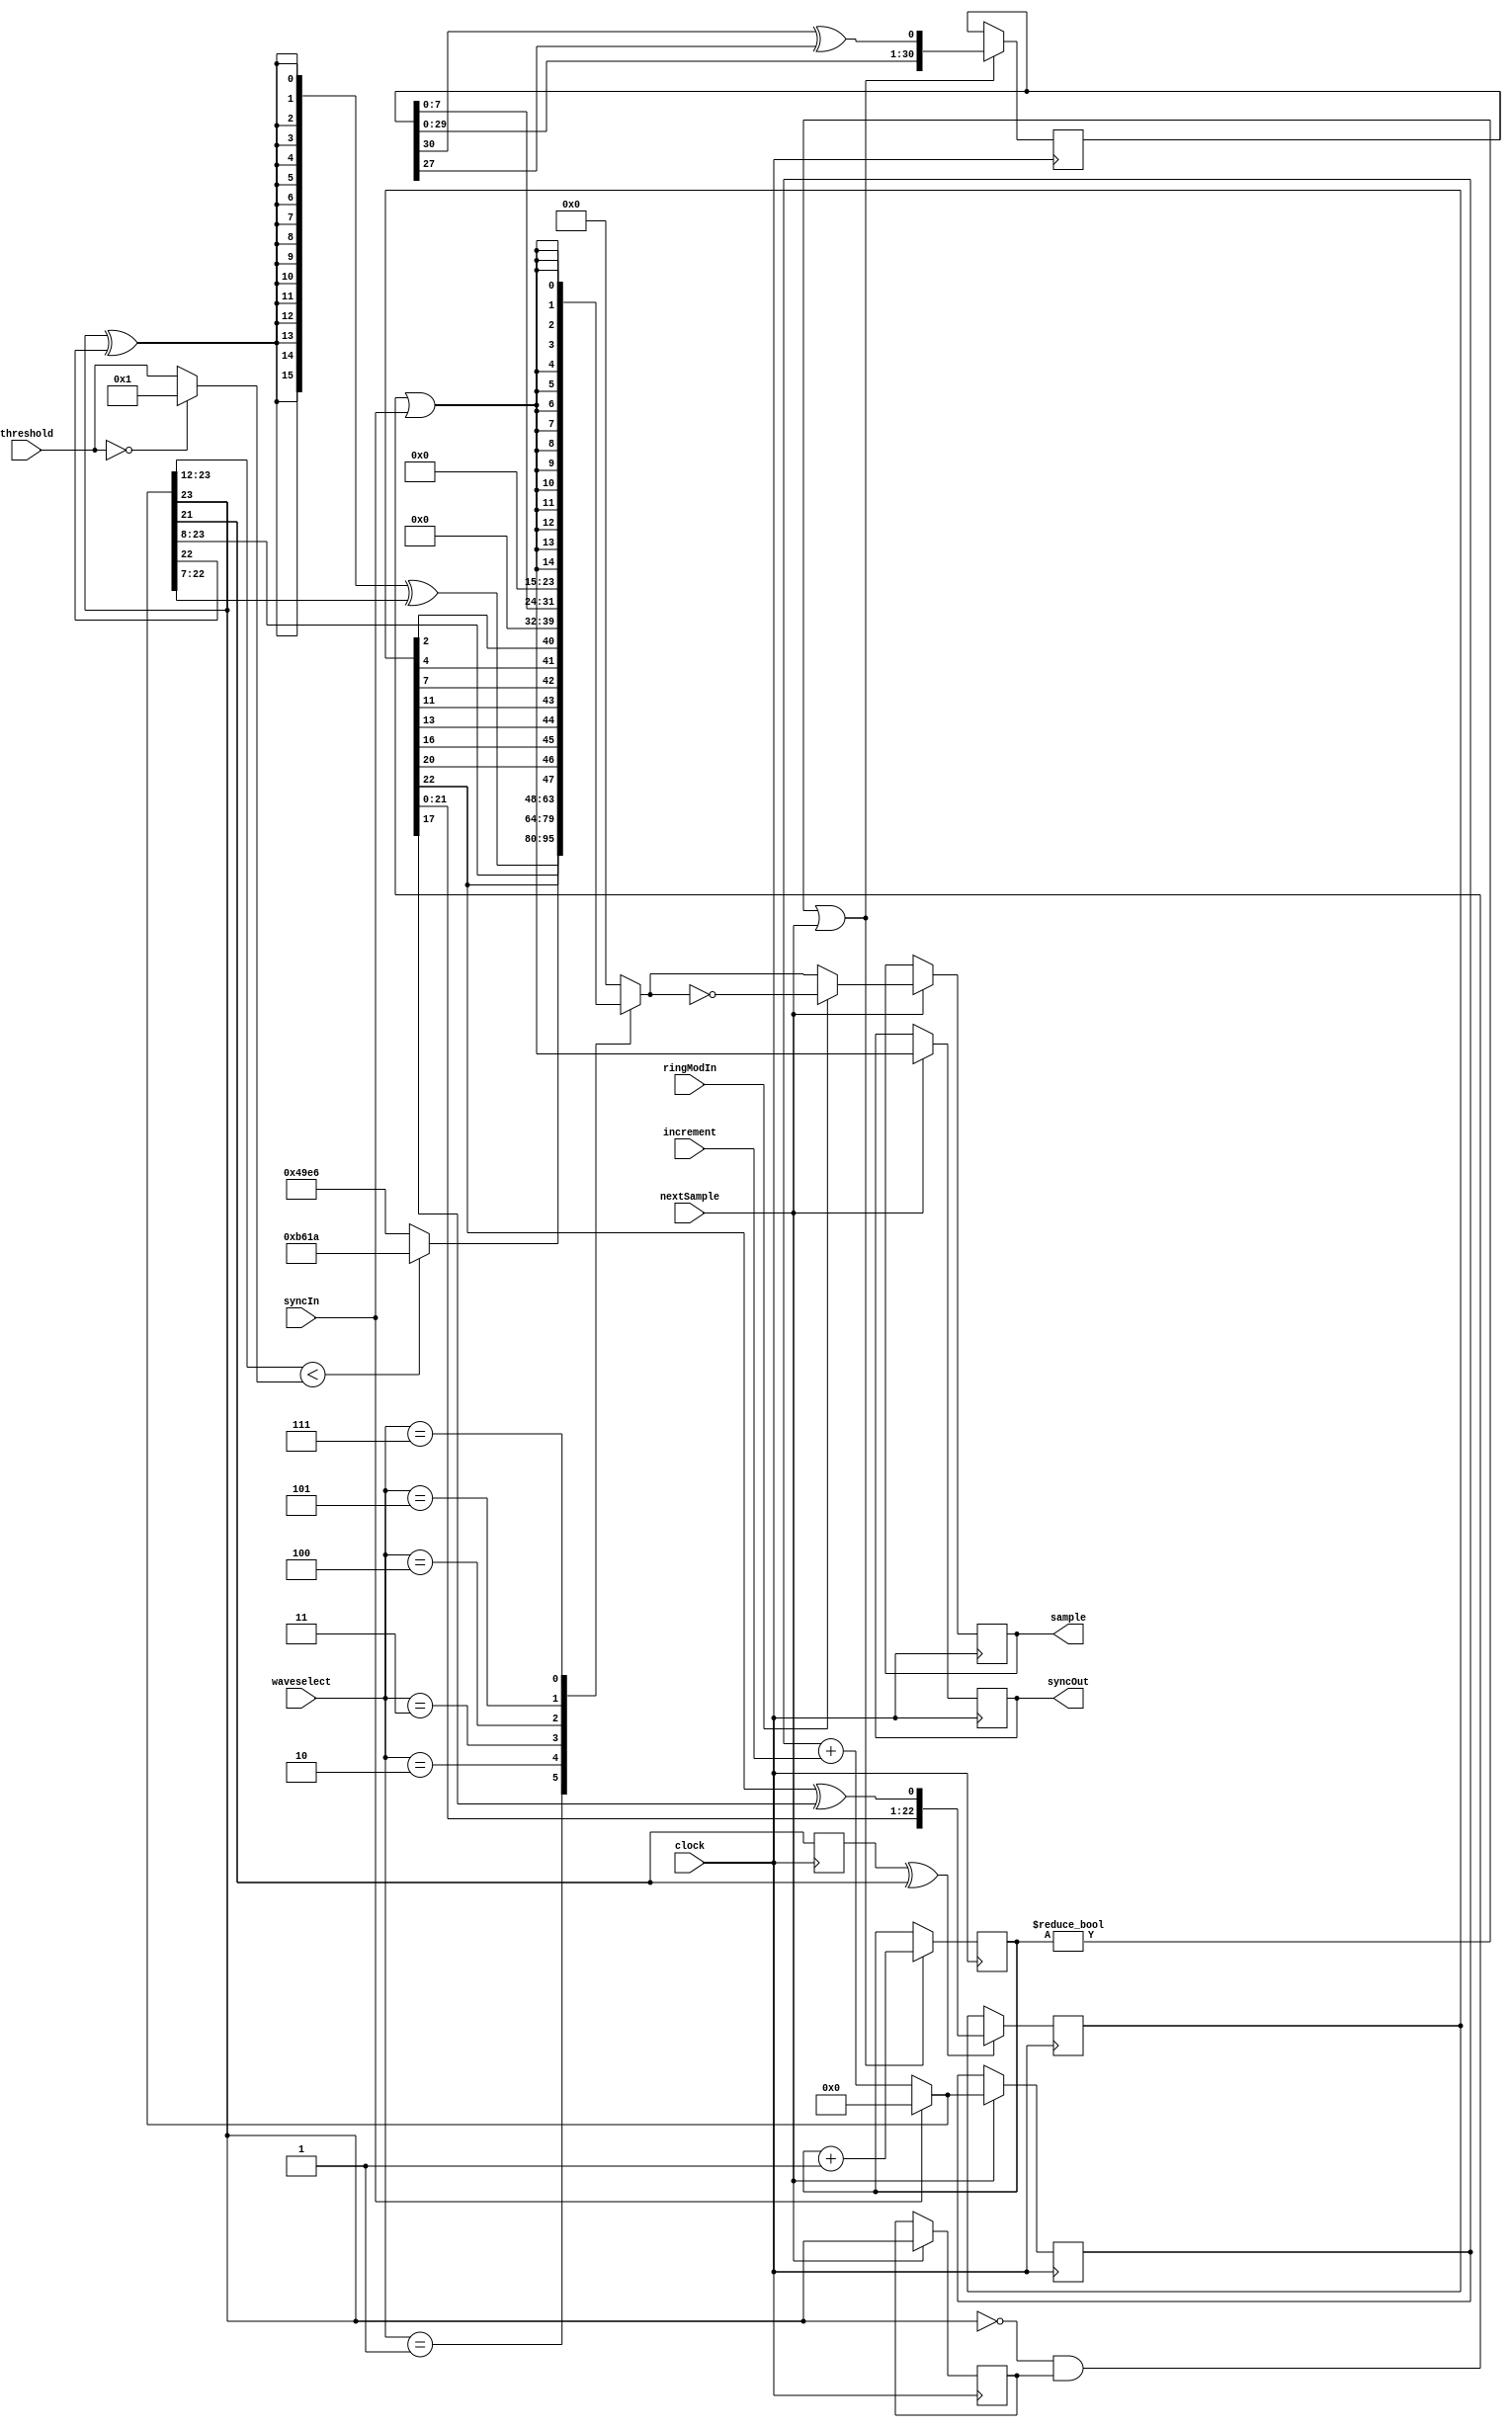
`timescale 1ns / 1ps
////////////////////////////////////////////////////////////////////////////////
// Company: 
// Engineer: 
// 
// Design Name: 
// Module Name:    waveGen
// Project Name: 
// Target Devices: 
// Tool versions: 
// Description: 
//
// License:
// --------
// Copyright 2021  Ren Trapp (rene [dot] trapp (-at-) web [dot] de)
//
// This program is free software: you can redistribute it and/or modify
// it under the terms of the GNU General Public License as published by
// the Free Software Foundation, either version 3 of the License, or
// (at your option) any later version.
//
// This program is distributed in the hope that it will be useful,
// but WITHOUT ANY WARRANTY; without even the implied warranty of
// MERCHANTABILITY or FITNESS FOR A PARTICULAR PURPOSE.  See the
// GNU General Public License for more details.
//
// You should have received a copy of the GNU General Public License
// along with this program.  If not, see <https://www.gnu.org/licenses/>.
//
// Additional Comments:
// --------------------
//
// Generator frequency control (fo):
//                      2**b
//    Register = fo * ---------
//                     fSample
// Where b = size of the phase accumulator (ACCUSIZE).
//
// Generator waveform control:
//     waveselect ! Waveform
//    ------------+--------------
//          0     ! n/a
//          1     ! Triangle     (0 dB)
//          2     ! Sawtooth     (0 dB)
//          3     ! Pulse        (0 dB @ PW=50 %)
//          4     ! Voiced Noise
//          5     ! White Noise  (approx. -13,3 dB)
//          6     ! n/a
//          7     ! Dirac Pulse
//
// Generator pulse shape control (Pulse Width, PW):
//    Register = PW * 2**THRSIZE / 100
// Where PW given as %, THRSIZE = size of the register.
// Generated pulse width is limited to minimum = 0.03 %, maximum = 99.97 %.
//
////////////////////////////////////////////////////////////////////////////////


module waveGen
#(
   parameter   INCRSIZE        = 16,
   parameter   ACCUSIZE        = 24,
   parameter   THRSIZE         = 12,
   parameter   SMPLSIZE        = 16
)
(
   input                         clock,
   input                         nextSample,
   input        [(INCRSIZE-1):0] increment,
   input                   [2:0] waveselect,
   input         [(THRSIZE-1):0] threshold,
   input                         ringModIn,
   input                         syncIn,

   output reg   [(SMPLSIZE-1):0] sample = 0,
   output reg                    syncOut = 0
);

   localparam  SQRPOS      = ((2**(SMPLSIZE-1))-1)*1000/1732;
   localparam  SQRNEG      = -1 * SQRPOS;

   reg          [(ACCUSIZE-1):0] accu = 0;
   reg                           accuPrevMSB = 1'b1;
   wire         [(ACCUSIZE-1):0] accuNext;
   reg                           accuNextNoise = 0;
   reg                    [23:1] lfsr = 23'h7FFFF8;
   wire                    [7:0] noise;
   wire                          belowThr;
   wire                          syncOutNext;
   reg                    [31:1] lfsr2 = 31'h0cafe042;
   reg                     [2:0] cycle2 = 0;
   wire                    [7:0] noise2;
   reg          [(SMPLSIZE-1):0] sampleMux;


   // Phase accumulator
   assign accuNext = syncIn ? {ACCUSIZE{1'b0}} : (accu + increment);

   always @(posedge clock)
      if (nextSample)
         accu <= accuNext;

   always @(posedge clock)
      if (nextSample)
         accuPrevMSB <= accuNext[(ACCUSIZE-1)];

   assign syncOutNext = ~accuNext[(ACCUSIZE-1)] & accuPrevMSB | syncIn;

   always @(posedge clock)
      if (nextSample)
         syncOut <= syncOutNext;


   // Pulse (square with adjustable duty cycle)
   assign belowThr = (accuNext[(ACCUSIZE-1):(ACCUSIZE-THRSIZE)]) < ((threshold == 0) ? 1 : threshold);


   // Noise generator ("voiced noise")
   always @(posedge clock)
      accuNextNoise <= accuNext[(ACCUSIZE-3)];

   always @(posedge clock)
      if (accuNextNoise ^ accuNext[ACCUSIZE-3])
         lfsr <= {lfsr[22:1], lfsr[23] ^ lfsr[18]};

   assign noise = {lfsr[23], lfsr[21], lfsr[17], lfsr[14], lfsr[12], lfsr[8], lfsr[5], lfsr[3]};


   // Noise generator ("white noise")
   always @(posedge clock)
      if ((cycle2 != 0) | nextSample)
      begin
         cycle2 <= cycle2 + 1'b1;
         lfsr2 <= {lfsr2[30:1], lfsr2[31] ^ lfsr2[28]};
      end

   assign noise2 = {lfsr2[8:1]};


   // Selected waveform (assemble SIGNED representation!)
   always @(*)
      case (waveselect)
//       3'd0: sampleMux <= // reserved
         3'd1: sampleMux <= {(SMPLSIZE){accuNext[ACCUSIZE-1] ^ accuNext[ACCUSIZE-2]}} ^ accuNext[(ACCUSIZE-2):(ACCUSIZE-SMPLSIZE-1)]; // triangle
         3'd2: sampleMux <= accuNext[(ACCUSIZE-1):(ACCUSIZE-SMPLSIZE)]; // saw
         3'd3: sampleMux <= belowThr ? SQRNEG[(SMPLSIZE-1):0] : SQRPOS[(SMPLSIZE-1):0]; // pulse
         3'd4: sampleMux <= {noise, {(SMPLSIZE-8){1'b0}}}; // voiced noise
         3'd5: sampleMux <= {noise2, {(SMPLSIZE-8){1'b0}}}; // white noise
//       3'd6: sampleMux <= // reserved
         3'd7: sampleMux <= {1'b0, {(SMPLSIZE-1){syncOutNext}}}; // Dirac
         default: sampleMux <= {(SMPLSIZE){1'b0}}; // silence
      endcase

   always @(posedge clock)
      if (nextSample)
         sample <= ringModIn ? ~sampleMux : sampleMux;

endmodule